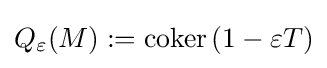
Q_{\varepsilon }(M):={\mbox{coker}}\,(1-\varepsilon T)